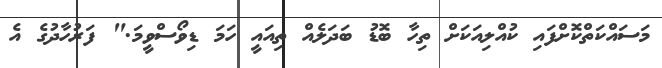
މަސައްކަތްކޮށްފައި ކުއްލިއަކަށް ތިހާ ބޮޑު ބަދަލެއް ތިއައީ ހަމަ ޑިވޯސްވީމަ." ފަރުހާދުގެ އެ